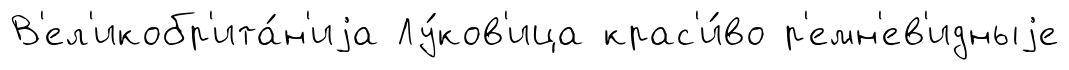
В'ел'икобр'ита́н'иjа Лу́ков'ица крас'и́во р'емн'ев'идныjе